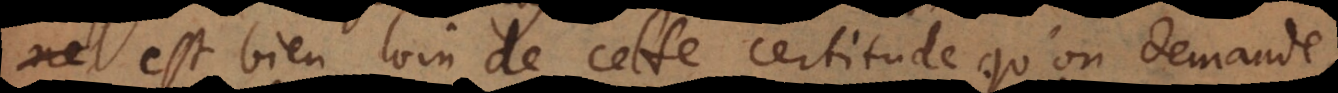
on est bien loin de cette certitude qu’on dema